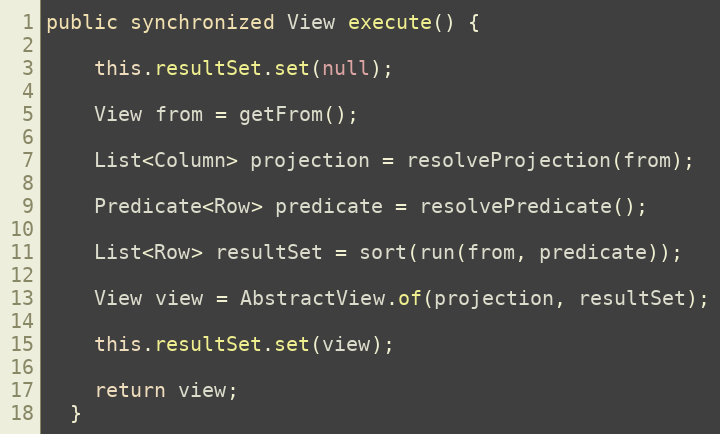
Language: Java
public synchronized View execute() {

    this.resultSet.set(null);

    View from = getFrom();

    List<Column> projection = resolveProjection(from);

    Predicate<Row> predicate = resolvePredicate();

    List<Row> resultSet = sort(run(from, predicate));

    View view = AbstractView.of(projection, resultSet);

    this.resultSet.set(view);

    return view;
  }